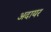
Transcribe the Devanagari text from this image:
अदायर